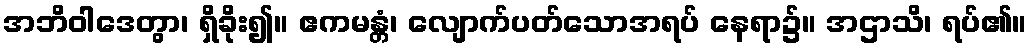
အဘိဝါဒေတွာ၊ ရှိခိုး၍။ ဧကမန္တံ၊ လျောက်ပတ်သောအရပ် နေရာ၌။ အဌာသိ၊ ရပ်၏။